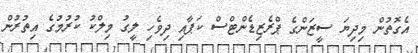
އެގޮތުން މިދިޔަ ސީޒަންގެ ޕްރެޒިޑެންޓްސް ކަޕާއި ދިވެހި ލީގު މިލްކު ކުރުމުގެ އިތުރުން